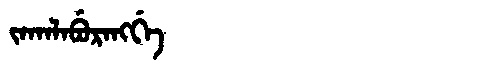
Manchu: ᠵᠠᡴᠠᠯᠠᠪᡠᡵᠠᠩᡤᡝ
Romanization: JAKALABURANGGE